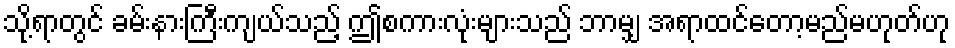
သို့ရာတွင် ခမ်းနားကြီးကျယ်သည့် ဤစကားလုံးများသည် ဘာမျှ အရာထင်တော့မည်မဟုတ်ဟု